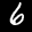
Digit: 6